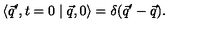
\langle \vec { q } ^ { \prime } , t = 0 \mid \vec { q } , 0 \rangle = \delta ( \vec { q } ^ { \prime } - \vec { q } ) .